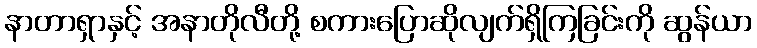
နာတာရှာနှင့် အနာတိုလီတို့ စကားပြောဆိုလျက်ရှိကြခြင်းကို ဆွန်ယာ